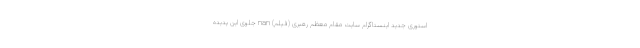
استوری جدید اینستاگرام سایت مقام معظم رهبری (فیلم) nan جلوی این پدیده